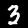
Label: 3